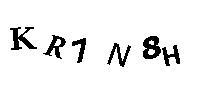
KR1N8H